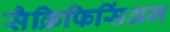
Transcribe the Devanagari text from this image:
सैक्रिफिसिंअम